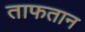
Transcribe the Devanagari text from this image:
ताफतान